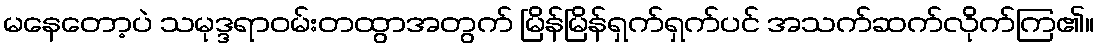
မနေတော့ပဲ သမုဒ္ဒရာဝမ်းတထွာအတွက် မြိန်မြိန်ရှက်ရှက်ပင် အသက်ဆက်လိုက်ကြ၏။